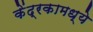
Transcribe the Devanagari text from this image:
केंद्रकामध्ये